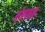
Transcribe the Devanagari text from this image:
बोएसन